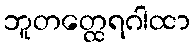
ဘူတတ္ထေရဂါထာ